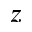
z